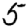
Digit: 5